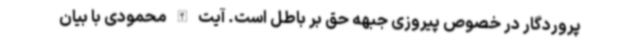
پروردگار در خصوص پیروزی جبهه حق بر باطل است. آیت الله محمودی با بیان